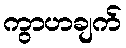
ကွာဟချက်